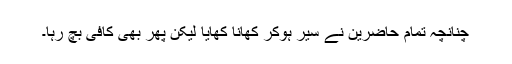
چنانچہ تمام حاضرین نے سیر ہوکر کھانا کھایا لیکن پھر بھی کافی بچ رہا۔